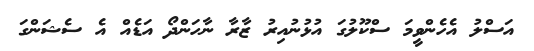
އަސްލު އެހެންވީމަ ސްކޫލުގަ އުޅުނުއިރު ޒާރާ ނާހަންދޯ އަޑެއް އެ ސެޝަންގަ